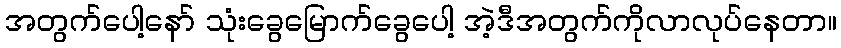
အတွက်ပေါ့နော် သုံးခွေမြောက်ခွေပေါ့ အဲ့ဒီအတွက်ကိုလာလုပ်နေတာ။